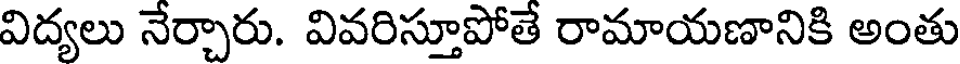
విద్యలు నేర్చారు. వివరిస్తూపోతే రామాయణానికి అంతు